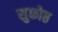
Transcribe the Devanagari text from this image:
सुकोष्ठ